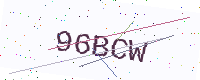
Text: 96BCW